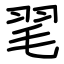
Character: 毣